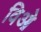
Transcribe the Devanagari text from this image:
विओ